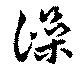
澡